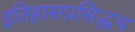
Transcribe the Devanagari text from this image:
इतिहासप्रसिद्धच